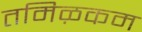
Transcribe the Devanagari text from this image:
तमिऴकम